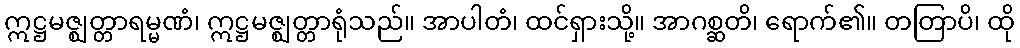
ဣဋ္ဌမဇ္ဈတ္တာရမ္မဏံ၊ ဣဋ္ဌမဇ္ဈတ္တာရုံသည်။ အာပါတံ၊ ထင်ရှားသို့။ အာဂစ္ဆတိ၊ ရောက်၏။ တတြာပိ၊ ထို